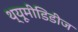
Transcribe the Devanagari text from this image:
थ्यूमीडिडीज